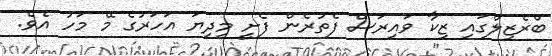
ބްރެޒިލްގައި ޒިކާ ވައިރަސް ފެތުރެން ފެށީ މިދިޔަ އަހަރުގެ މޭ މަހު އެވެ.